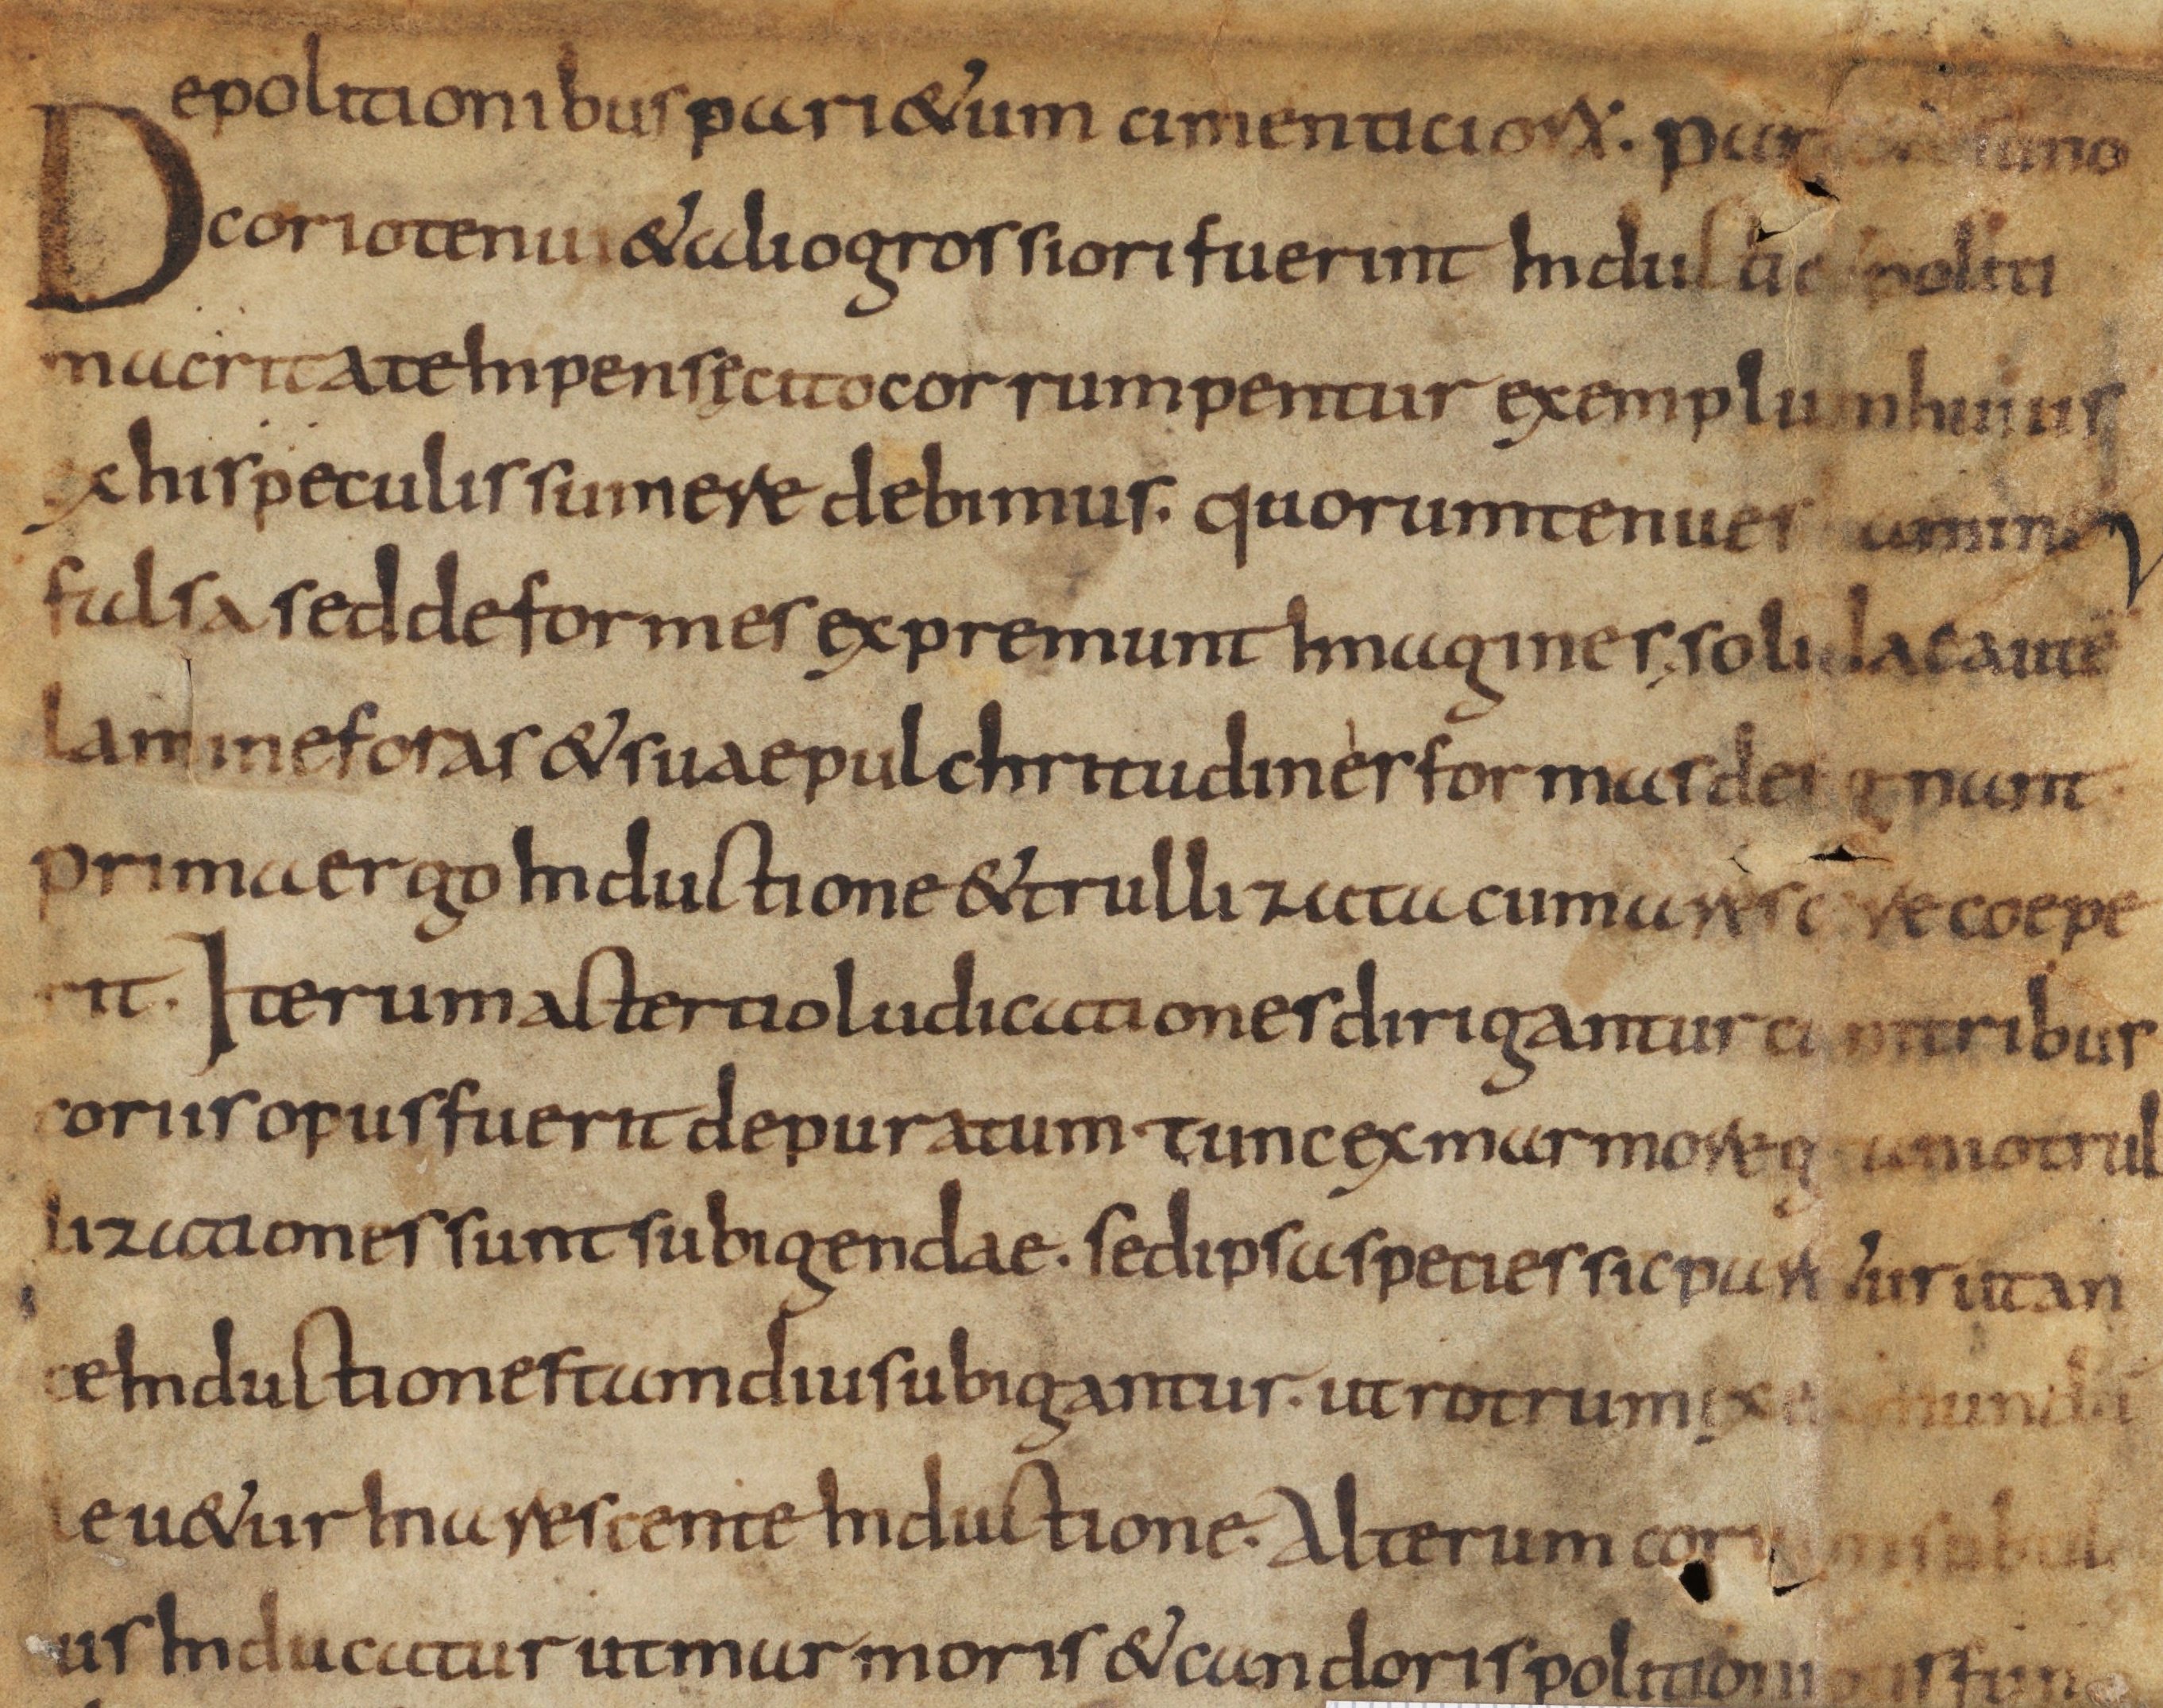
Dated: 835–865